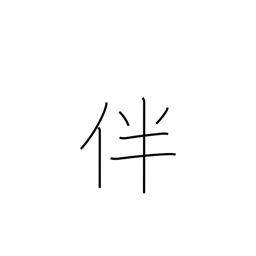
Meaning: bring with